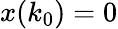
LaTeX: x(k_{0})=0